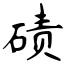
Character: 碛